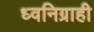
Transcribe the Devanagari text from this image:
ध्वनिग्राही